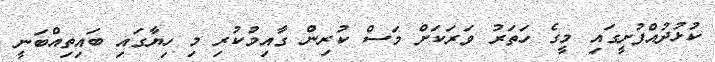
ކުޅުދުއްފުށީގައި މީގެ ހަތަރު ވަރަކަށް މަސް ކުރިން ގާއިމުކުރި މި ހިޔާގައި ބައިތިއްބަނީ